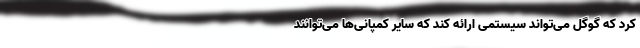
کرد که گوگل می‌تواند سیستمی ارائه کند که سایر کمپانی‌ها می‌توانند